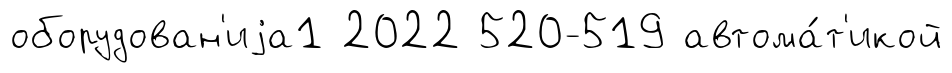
оборудован'иjа1 2022 520-519 автома́т'икой